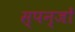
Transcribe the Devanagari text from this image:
स्पन्जों